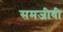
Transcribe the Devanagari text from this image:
समजीवी